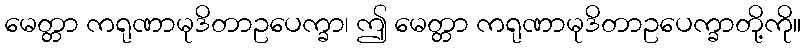
မေတ္တာ ကရုဏာမုဒိတာဥပေက္ခာ၊ ဤ မေတ္တာ ကရုဏာမုဒိတာဥပေက္ခာတို့ကို။